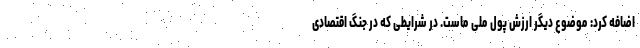
اضافه کرد: موضوع دیگر ارزش پول ملی ماست. در شرایطی که در جنگ اقتصادی